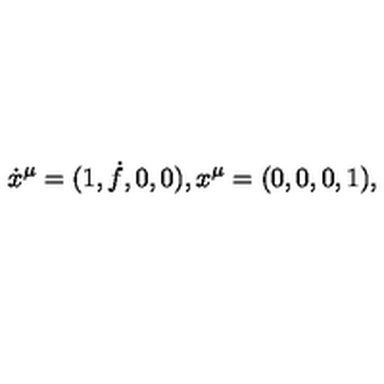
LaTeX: \dot { x } ^ { \mu } = ( 1 , \dot { f } , 0 , 0 ) , x ^ { \mu } = ( 0 , 0 , 0 , 1 ) ,